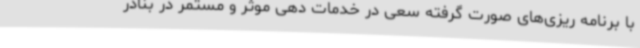
با برنامه ریزی‌های صورت گرفته سعی در خدمات دهی موثر و مستمر در بنادر